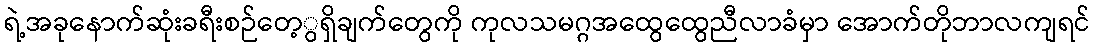
ရဲ့အခုနောက်ဆုံးခရီးစဉ်တေ့ွရှိချက်တွေကို ကုလသမဂ္ဂအထွေထွေညီလာခံမှာ အောက်တိုဘာလကျရင်